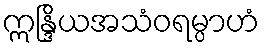
ဣန္ဒြိယအသံဝရမ္ပာဟံ